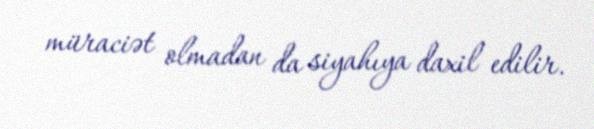
müraciət olmadan da siyahıya daxil edilir.